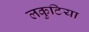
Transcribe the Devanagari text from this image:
लकुटिया